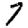
Digit: 7